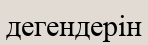
дегендерін